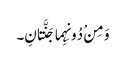
وَ مِنْ دُونِہِما جَنَّتانِ۔